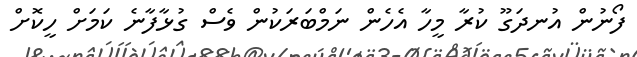
ފޯނުން އުނދަގޫ ކުރާ މީހާ އެހެން ނަމްބަރަކުން ވެސް ގުޅާފާނެ ކަމަށް ހީކޮށް